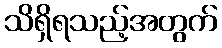
သိရှိရသည့်အတွက်